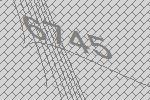
6745